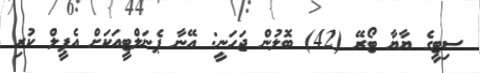
ސިޓީގެ ޔާޔާ ޓޯރޭ (42) ބޮލުން ޖަހަނީ: އޭނާ ޕެނަލްޓީއަކަށް އެޕީލް ކުރި